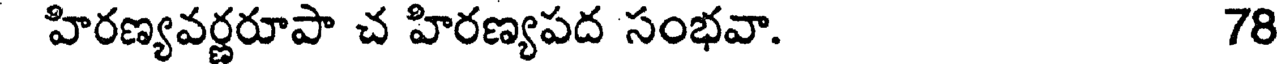
హిరణ్యవర్ణరూపా చ హిరణ్యపద సంభవా. 78